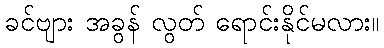
ခင်ဗျား အခွန် လွတ် ရောင်းနိုင်မလား။